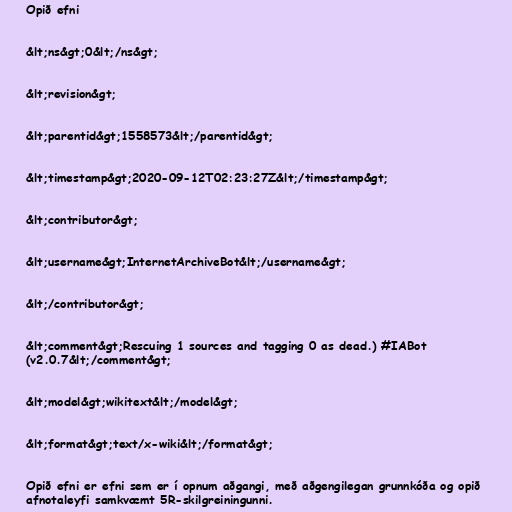
Opið efni

&lt;ns&gt;0&lt;/ns&gt;

&lt;revision&gt;

&lt;parentid&gt;1558573&lt;/parentid&gt;

&lt;timestamp&gt;2020-09-12T02:23:27Z&lt;/timestamp&gt;

&lt;contributor&gt;

&lt;username&gt;InternetArchiveBot&lt;/username&gt;

&lt;/contributor&gt;

&lt;comment&gt;Rescuing 1 sources and tagging 0 as dead.) #IABot
(v2.0.7&lt;/comment&gt;

&lt;model&gt;wikitext&lt;/model&gt;

&lt;format&gt;text/x-wiki&lt;/format&gt;

Opið efni er efni sem er í opnum aðgangi, með aðgengilegan grunnkóða og opið
afnotaleyfi samkvæmt 5R-skilgreiningunni.